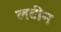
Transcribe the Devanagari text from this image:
लटीन